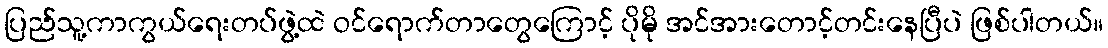
ပြည်သူ့ကာကွယ်ရေးတပ်ဖွဲ့ထဲ ဝင်ရောက်တာတွေကြောင့် ပိုမို အင်အားတောင့်တင်းနေပြီပဲ ဖြစ်ပါတယ်။